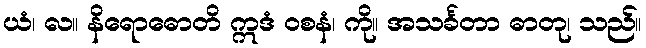
ယံ၊ လ။ နိရောဓောတိ ဣဒံ ဝစနံ၊ ကို။ အသင်္ခတာ ဓာတု၊ သည်။